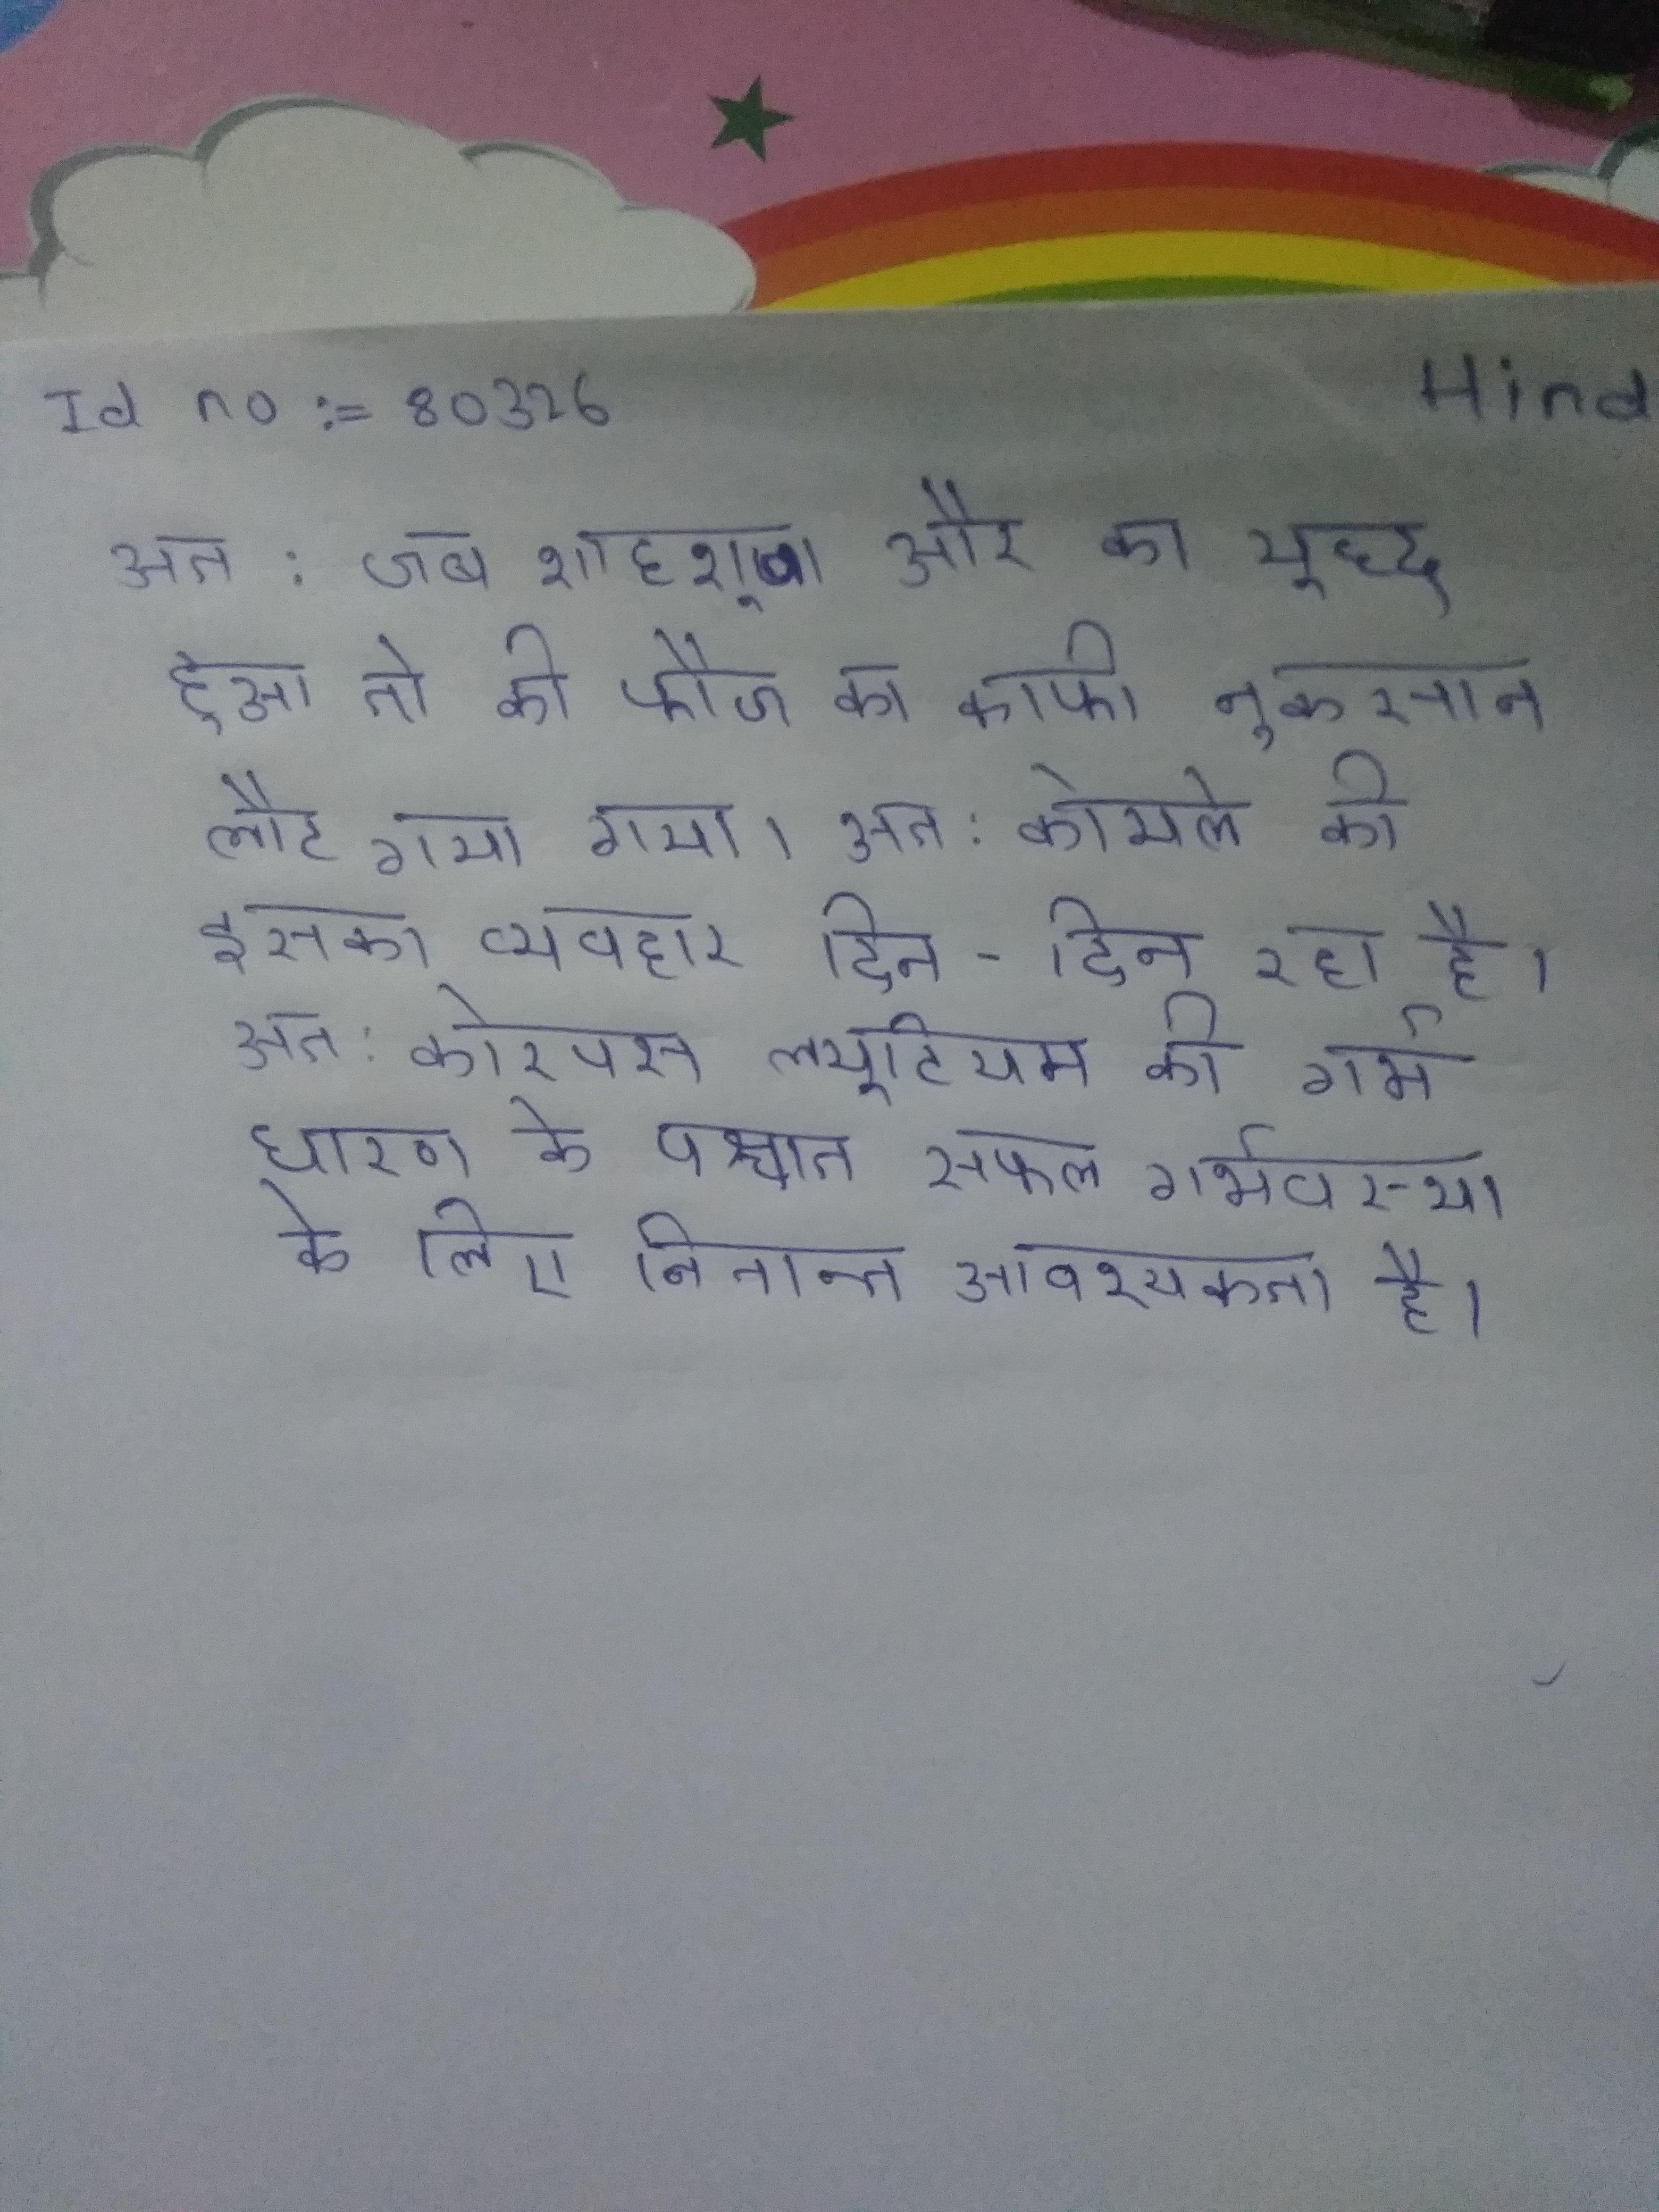
अत: जब शाहशुजा और का युद्ध हुआ तो की फौज का काफी नुकसान कर वह जोधपुर लौट गया । अत: कोयले की इसका व्यवहार दिन-दिन रहा है । अत: कोरपस ल्युटियम की गर्भ धारण के पश्चात सफल गर्भवस्था के लिए नितान्त आवश्यकता है ।